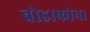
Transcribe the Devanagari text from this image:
वोडाफोन।